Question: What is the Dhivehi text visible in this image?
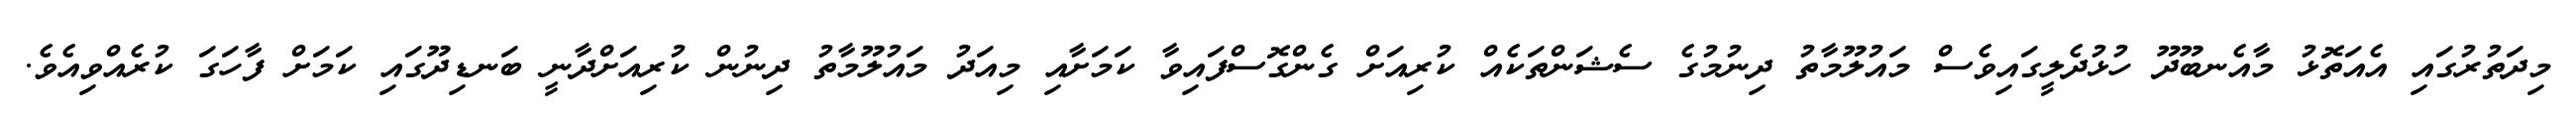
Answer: މިދަތުރުގައި އެއަތޮޅު މާއެނބޫދޫ ހުޅުދެލީގައިވެސް މައުލޫމާތު ދިނުމުގެ ސެޝަންތަކެއް ކުރިއަށް ގެންގޮސްފައިވާ ކަމަށާއި މިއަދު މައުލޫމާތު ދިނުން ކުރިއަށްދާނީ ބަނޑިދޫގައި ކަމަށް ފާހަގަ ކުރެއްވިއެވެ.